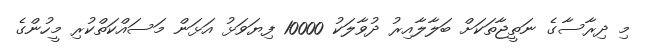
މި ދިރާސާގެ ނަތީޖާތަކަށް ބަލާލާއިރު ދުވާލަކު 10000 ފިޔަވަޅު އަޅަން މަސައްކަތްކުރި މީހުންގެ